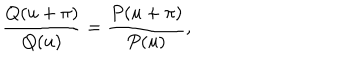
\frac { Q ( u + \pi ) } { Q ( u ) } = \frac { P ( u + \pi ) } { P ( u ) } ,